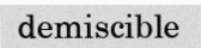
demiscible